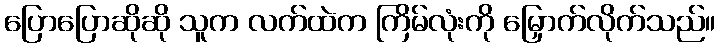
ပြောပြောဆိုဆို သူက လက်ထဲက ကြိမ်လုံးကို မြှောက်လိုက်သည်။